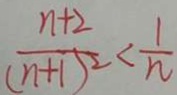
\frac { n + 2 } { ( n + 1 ) ^ { 2 } } < \frac { 1 } { n }